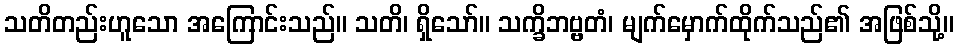
သတိတည်းဟူသော အကြောင်းသည်။ သတိ၊ ရှိသော်။ သက္ခိဘဗ္ဗတံ၊ မျက်မှောက်ထိုက်သည်၏ အဖြစ်သို့။